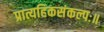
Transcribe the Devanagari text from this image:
प्रात्यहिकसंकल्पः॥